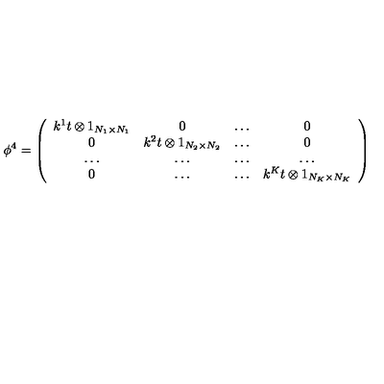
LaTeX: \phi ^ { 4 } = \left( \begin{array} { c c c c } { k ^ { 1 } t \otimes 1 _ { N _ { 1 } \times N _ { 1 } } } & { 0 } & { \dots } & { 0 } \\ { 0 } & { k ^ { 2 } t \otimes 1 _ { N _ { 2 } \times N _ { 2 } } } & { \dots } & { 0 } \\ { \dots } & { \dots } & { \dots } & { \dots } \\ { 0 } & { \dots } & { \dots } & { k ^ { K } t \otimes 1 _ { N _ { K } \times N _ { K } } } \\ \end{array} \right)